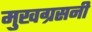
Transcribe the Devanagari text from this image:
मुखग्रसनी